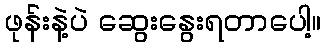
ဖုန်းနဲ့ပဲ ဆွေးနွေးရတာပေါ့။